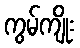
ကွမ်ကျိုး